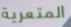
المتعرية